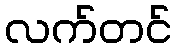
လက်တင်